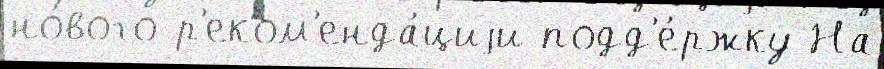
но́вого р'еком'енда́циjи подд'е́ржку На